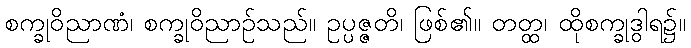
စက္ခုဝိညာဏံ၊ စက္ခုဝိညာဉ်သည်။ ဥပ္ပဇ္ဇတိ၊ ဖြစ်၏။ တတ္ထ၊ ထိုစက္ခုဒွါရ၌။